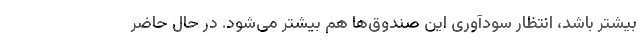
بیشتر باشد، انتظار سودآوری این صندوق‌ها هم بیشتر می‌شود. در حال حاضر